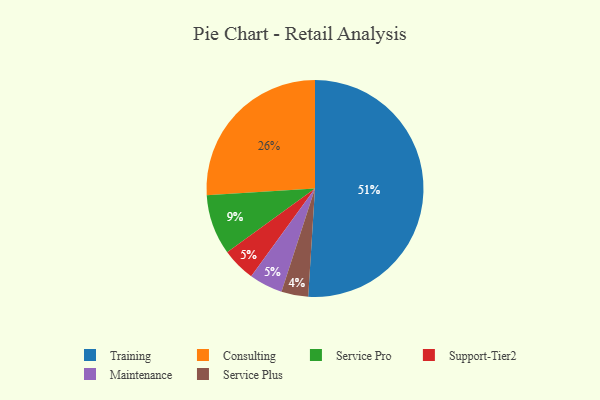
{"axis": {"x": "Category", "y": "Percentage"}, "legend": ["Consulting", "Maintenance", "Service Plus", "Service Pro", "Support-Tier2", "Training"], "data": [{"x": "Service Plus", "y": 4, "type": "Service Plus"}, {"x": "Support-Tier2", "y": 5, "type": "Support-Tier2"}, {"x": "Training", "y": 51, "type": "Training"}, {"x": "Service Pro", "y": 9, "type": "Service Pro"}, {"x": "Consulting", "y": 26, "type": "Consulting"}, {"x": "Maintenance", "y": 5, "type": "Maintenance"}]}